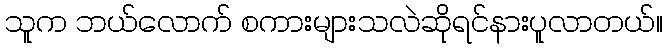
သူက ဘယ်လောက် စကားများသလဲဆိုရင်နားပူလာတယ်။